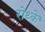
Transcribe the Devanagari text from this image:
रोथ्के